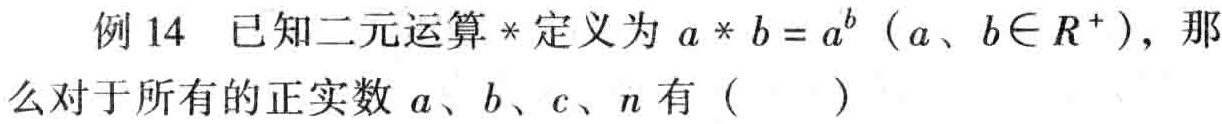
例 14 已知二元运算$*$定义为$a * b = a^{b}$（$a、b\in R^{+}$），那么对于所有的正实数$a、b、c、n$有（  ）